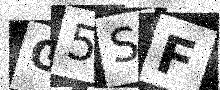
Text: G5SF